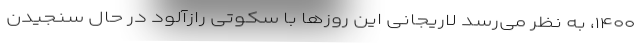
۱۴۰۰، به نظر می‌رسد لاریجانی این روزها با سکوتی رازآلود در حال سنجیدن